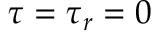
\tau = \tau _ { r } = 0